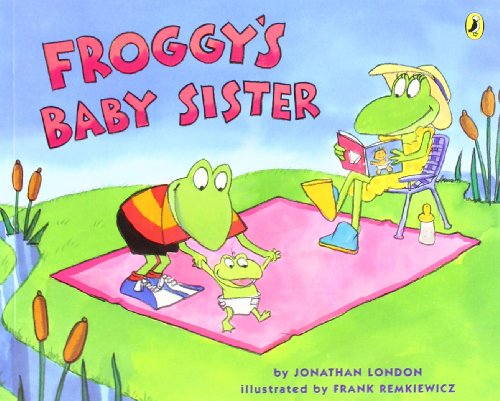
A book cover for Froggy's Baby Sister; Jonathan London; Children's Books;